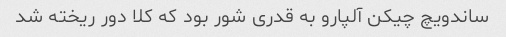
ساندویچ چیکن آلپارو به قدری شور بود که کلا دور ریخته شد